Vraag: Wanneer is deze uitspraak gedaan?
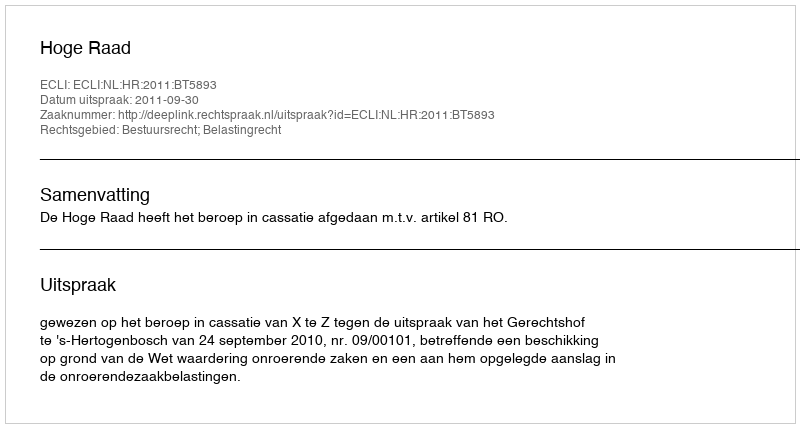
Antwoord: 2011-09-30